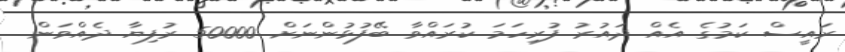
ރައީސް ކަމުގެ އެއް ދައުރު ފުރިހަމަ ކުރައްވާ ބޭފުޅުންނަށް 50000 ރުފިޔާ ދެއްވަން